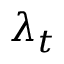
\lambda _ { t }